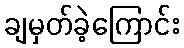
ချမှတ်ခဲ့ကြောင်း